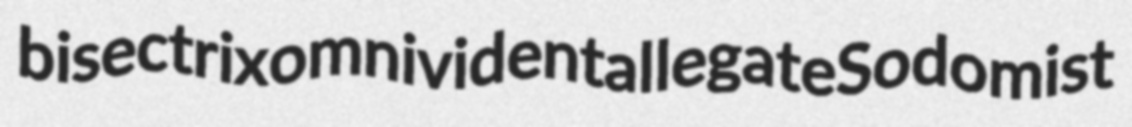
bisectrix omnivident allegate Sodomist